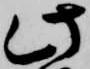
此